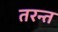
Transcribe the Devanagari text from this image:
तरन्त